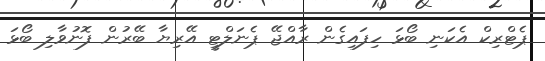
ޕެޓްރިކް އެކަނި ބޯޅަ ހިފައިގެން ރާއްޖޭ ޕެނަލްޓީ އޭރިޔާ ބޭރުން ފޮނުވާލި ބޯޅަ